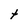
Character: t